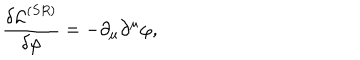
\frac { \delta \mathcal { L } ^ { ( S R ) } } { \delta \varphi } = - \partial _ { \mu } \partial ^ { \mu } \varphi ,